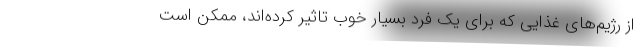
از رژیم‌های غذایی که برای یک فرد بسیار خوب تاثیر کرده‌اند، ممکن است